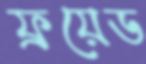
ফ্রয়েড